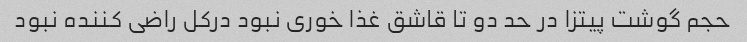
حجم گوشت پیتزا در حد دو تا قاشق غذا خوری نبود درکل راضی کننده نبود